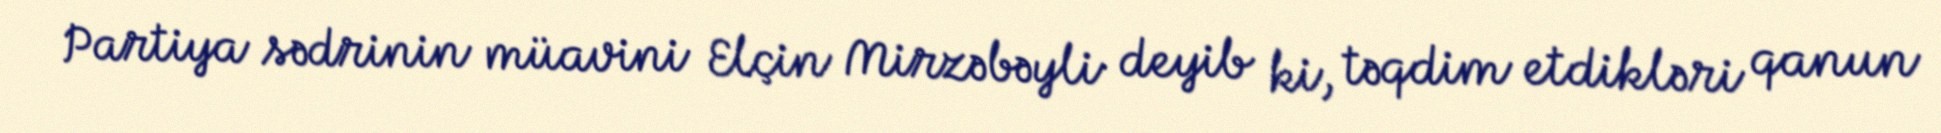
Partiya sədrinin müavini Elçin Mirzəbəyli deyib ki, təqdim etdikləri qanun